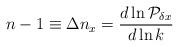
LaTeX: \begin{align*}n-1 \equiv \Delta n_x = {d\ln{\cal P}_{\delta x} \over d\ln k}\end{align*}